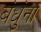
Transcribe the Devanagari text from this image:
बंधुंना